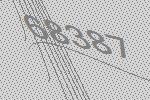
68387